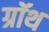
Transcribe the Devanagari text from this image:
ग्रॉथ